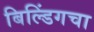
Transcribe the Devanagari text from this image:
बिल्डिंगचा